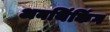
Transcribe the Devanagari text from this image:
अनथिंकिंग